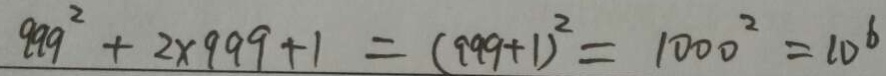
9 9 9 ^ { 2 } + 2 \times 9 9 9 + 1 = ( 9 9 9 + 1 ) ^ { 2 } = 1 0 0 0 ^ { 2 } = 1 0 ^ { 6 }